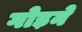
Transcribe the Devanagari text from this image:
गोड़ने